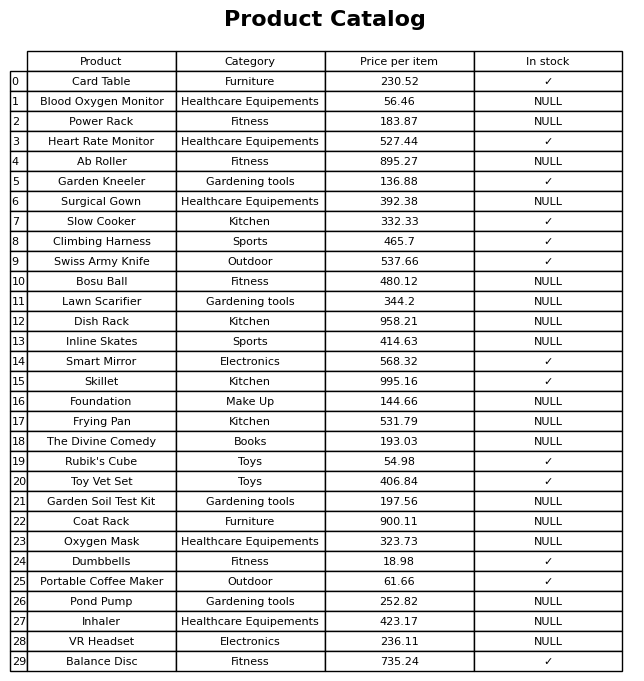
question: What is the stock status of the Surgical Gown?
answer: NULL